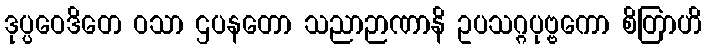
ဒုပ္ပဝေဒိတေ ဝသာ ဌပနတော သညာဉာဏာနိ ဥပသဂ္ဂပုဗ္ဗကော စိတြာဟိ